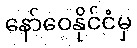
နော်ဝေနိုင်ငံမှ